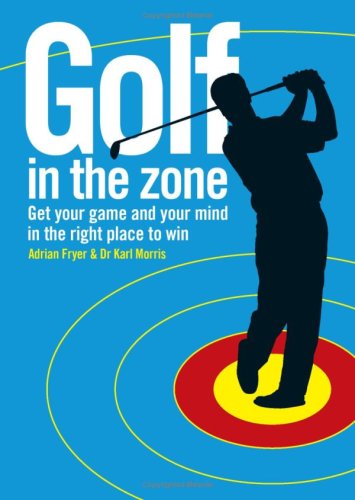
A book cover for Golf in the Zone: Get Your Game and Your Head in the Right Place to Win; Adrian Fryer; Sports & Outdoors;